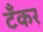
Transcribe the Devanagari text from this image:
टॅँकर